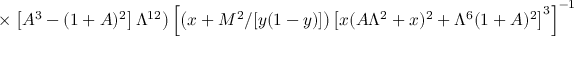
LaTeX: \times \left. \left[ A ^ { 3 } - ( 1 + A ) ^ { 2 } \right] \Lambda ^ { 1 2 } \right) \left[ \left( x + M ^ { 2 } / [ y ( 1 - y ) ] \right) \left[ x ( A \Lambda ^ { 2 } + x ) ^ { 2 } + \Lambda ^ { 6 } ( 1 + A ) ^ { 2 } \right] ^ { 3 } \right] ^ { - 1 }